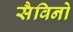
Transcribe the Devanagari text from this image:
सैविनो